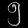
Digit: ၅